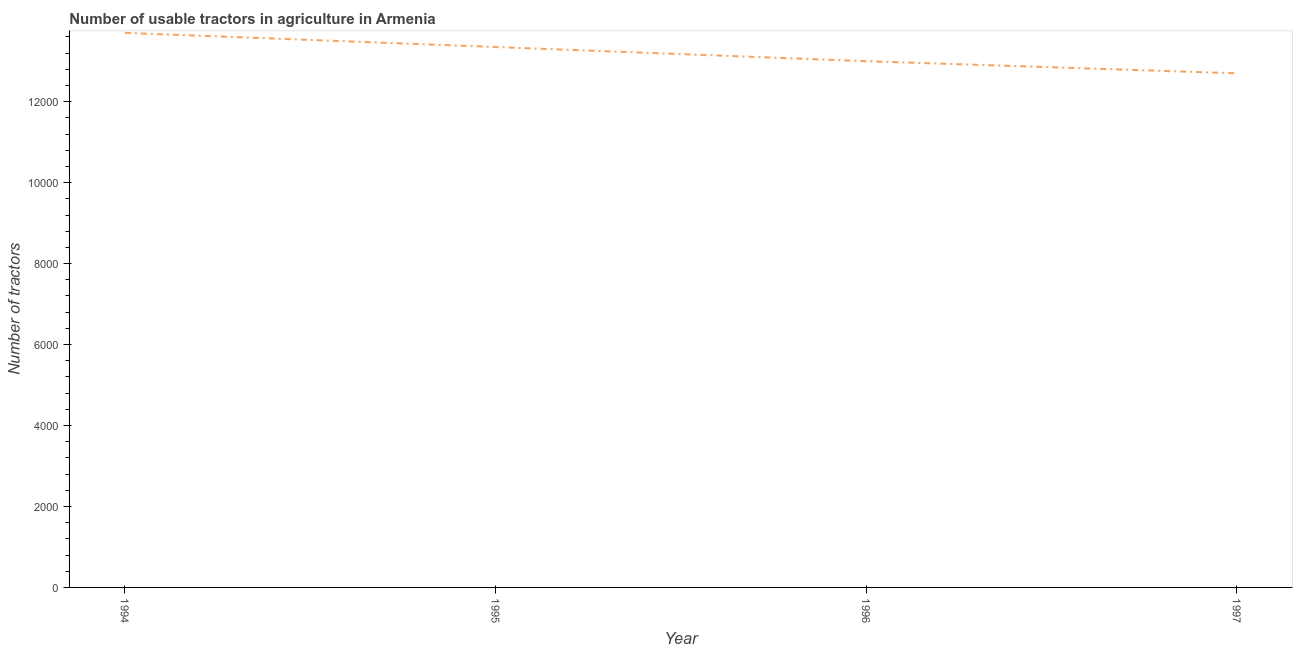
| Year | Agricultural machinery |
 | --- | --- |
 | 1994 | 1.37e+04 |
 | 1995 | 1.34e+04 |
 | 1996 | 1.3e+04 |
 | 1997 | 1.27e+04 |